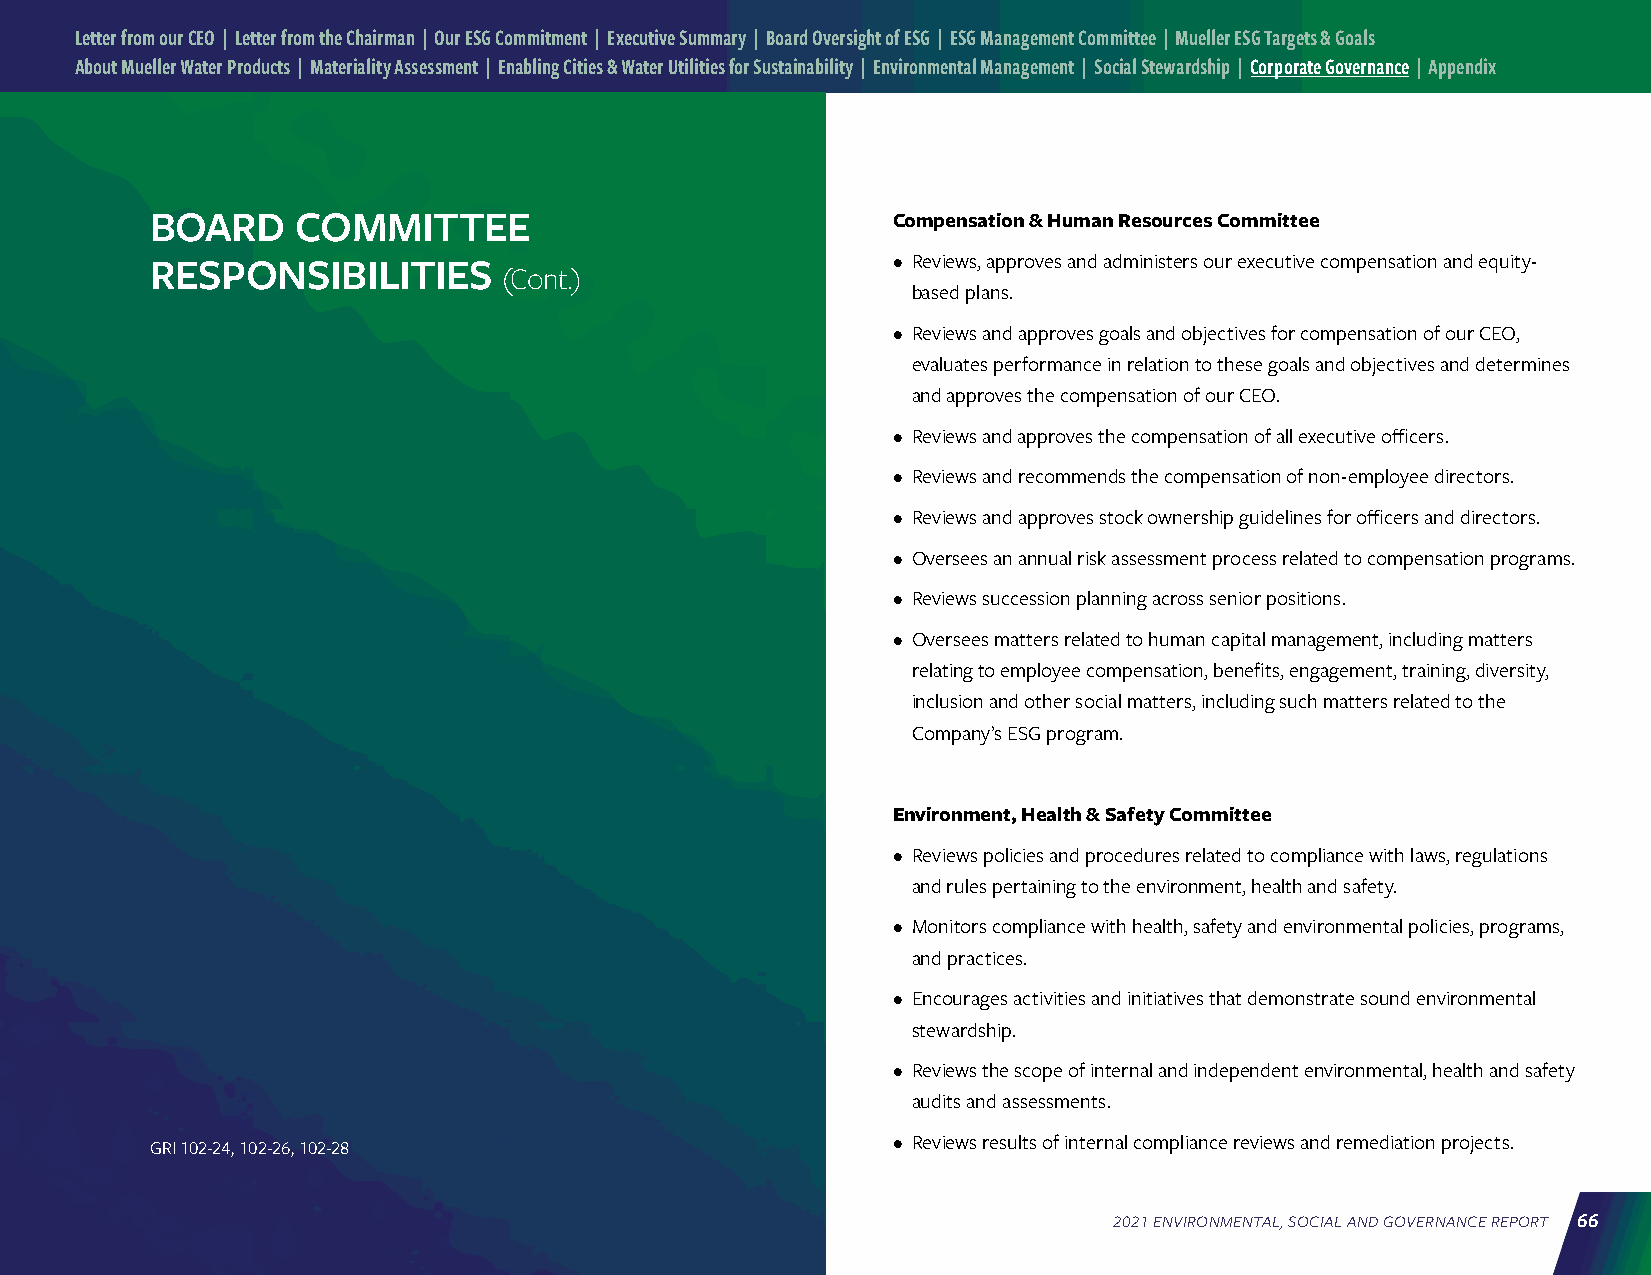
Letter from our CEO | Letter from the Chairman | Our ESG Commitment | Executive Summary | Board Oversight of ESG | ESG Management Committee | Mueller ESG Targets & Goals
 About Mueller Water Products | Materiality Assessment | Enabling Cities & Water Utilities for Sustainability | Environmental Management | Social Stewardship | Corporate Governance | Appendix
 BOARD     COMMITTEE                              Compensation & Human Resources Committee
 RESPONSIBILITIES                                 • Reviews, approves and administers our executive compensation and equity-
 (Cont.)
 based plans.
 • Reviews and approves goals and objectives for compensation of our CEO,
 evaluates performance in relation to these goals and objectives and determines
 and approves the compensation of our CEO.
 • Reviews and approves the compensation of all executive officers.
 • Reviews and recommends the compensation of non-employee directors.
 • Reviews and approves stock ownership guidelines for officers and directors.
 • Oversees an annual risk assessment process related to compensation programs.
 • Reviews succession planning across senior positions.
 • Oversees matters related to human capital management, including matters
 relating to employee compensation, benefits, engagement, training, diversity,
 inclusion and other social matters, including such matters related to the
 Company’s ESG program.
 Environment, Health & Safety Committee
 • Reviews policies and procedures related to compliance with laws, regulations
 and rules pertaining to the environment, health and safety.
 • Monitors compliance with health, safety and environmental policies, programs,
 and practices.
 • Encourages activities and initiatives that demonstrate sound environmental
 stewardship.
 • Reviews the scope of internal and independent environmental, health and safety
 audits and assessments.
 GRI 102-24, 102-26, 102-28                       • Reviews results of internal compliance reviews and remediation projects.
 2021 ENVIRONMENTAL, SOCIAL AND GOVERNANCE REPORT 66